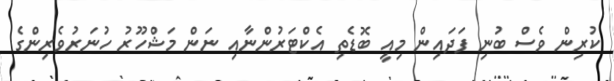
ކުރިން ވެސް ބުނި ފަދައިން މިއީ ބޮޑެތި އެކްޓަރުންނާއި ނަން މަޝްހޫރު ހުނަރުވެރިންގެ